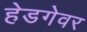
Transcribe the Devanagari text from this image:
हेडगेवर